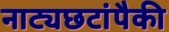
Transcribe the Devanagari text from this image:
नाट्यछटांपैकी